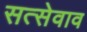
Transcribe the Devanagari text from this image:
सत्सेवाव